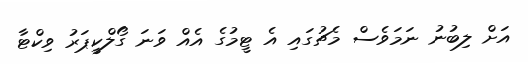
އަށް ލިބުނު ނަމަވެސް މެޗުގައި އެ ޓީމުގެ އެއް ވަނަ ގޯލްކީޕަރު ވިކްޓާ